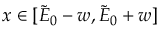
x \in [ \tilde { E } _ { 0 } - w , \tilde { E } _ { 0 } + w ]